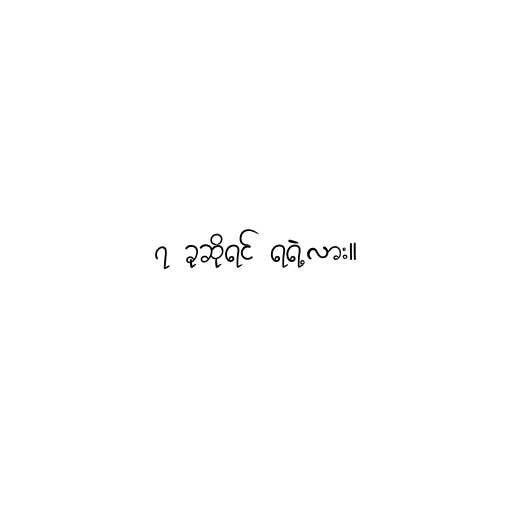
၇ ခုဆိုရင် ရရဲ့လား။